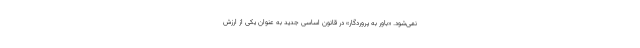
نمی‌شود. «باور به پروردگار» در قانون اساسی جدید به عنوان یکی از ارزش